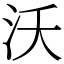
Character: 沃